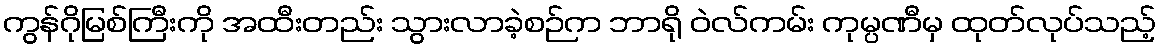
ကွန်ဂိုမြစ်ကြီးကို အထီးတည်း သွားလာခဲ့စဉ်က ဘာရို ဝဲလ်ကမ်း ကုမ္ပဏီမှ ထုတ်လုပ်သည့်